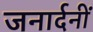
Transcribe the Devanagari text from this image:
जनार्दनीं